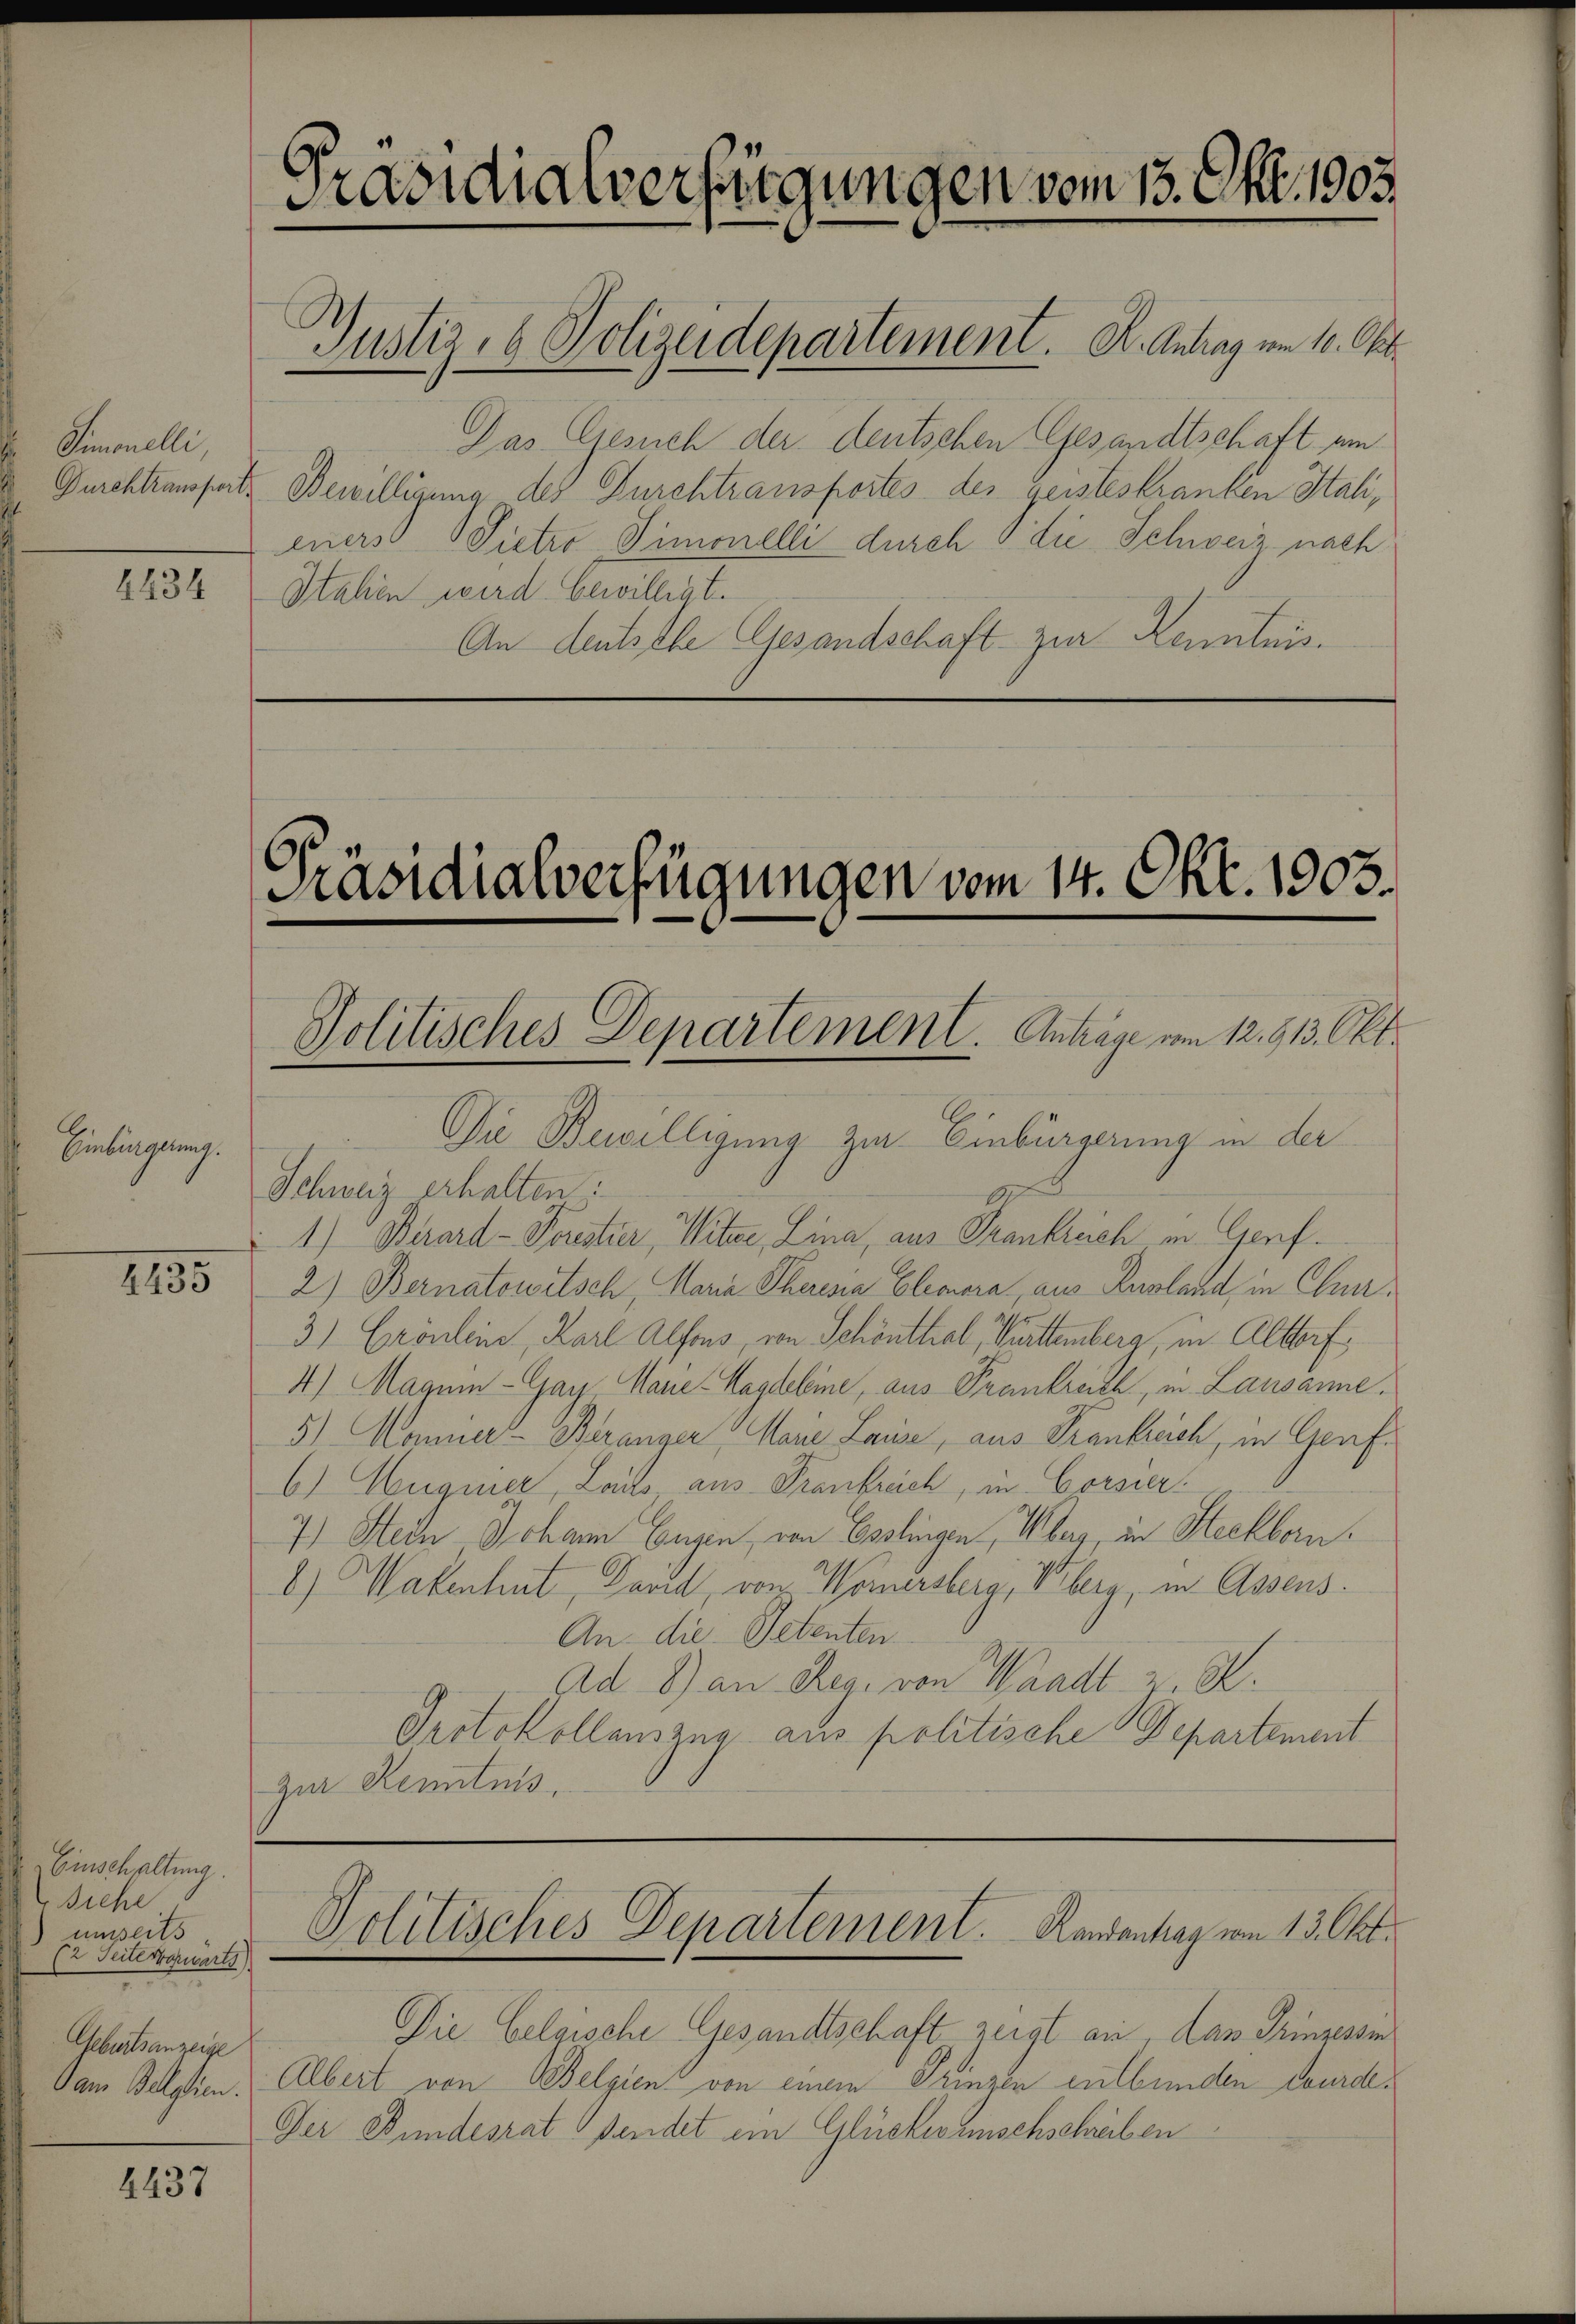
Simonelli,

4434

Einbürgerung.
4135

Einschaltung.
Siche
umseits
(2 Seite vorwärts)
Geburtsanzeige
Dam Belgien.

4437

Präsidialverfügungen vom 13. Okt. 1903.
Justiz- & Polizeidepartement. A. Antrag vom 10. Okt.

Das Gesuch der deutschen Gesandtschaft um
Gurchtraussetz Bewilligung des Durchtransportes des Geisteskranken Itali,
eners Pietro -Simonelli durch die Schweiz nach
Stahen wird bewilligt.
An deutsche Gesandschaft zur Kenntnis.

Die Bewilligung zur Einbürgerung in der
Schweiz erhalten:
1.) Birard-Forstier, Witwe, Lina, aus Frankreich in Genf.
2) Bernatowitsch, Maria Theresia Eleonora, aus England, in Cur¬
3) Grönlein, Karl Alfons, von Schönthal, Prttemberg, in Altorf,
4) Magui-Gay Marie-Magdebine, aus Prankreich, in Lausanne.
5) Manner Beranger, Marie Lause, aus Frankreich, in Genf¬
6) Auquier Lails aus Frankreich, in Corsier
7.) Sein Johann Eugen, von Esslingen, Über in Steckborn.
6) Wakenhut, David, von Worersberg, Weberg, in Assens.
An die Petenten
Ad 8) an Reg. von Waadt z. B.
Protokollauszug aus politische Departement
Zur Kenntnis.

6.
Präsidialverfügungen vom 14. Okt. 1903.
Politisches Departement. Anträge vom 12. 613. Okt.

Politisches Departement. Randantrag vom 13. Okt.

Die Belgische Gesandtschaft zeigt an das Prinzessin
Albert von Belgien von einem Prinzen entbunden wurde¬
Der Bundesrat sendet ein Glückwunschschreiben